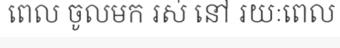
ពេល ចូលមក រស់ នៅ រយៈពេល